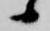
候